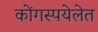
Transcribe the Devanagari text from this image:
कोंगस्पयेलेत